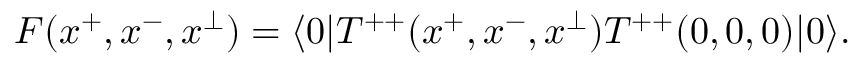
F ( x ^ { + } , x ^ { - } , x ^ { \perp } ) = \langle 0 | T ^ { + + } ( x ^ { + } , x ^ { - } , x ^ { \perp } ) T ^ { + + } ( 0 , 0 , 0 ) | 0 \rangle .